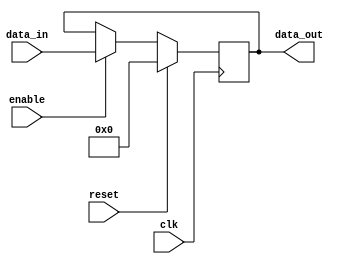
module register (
    input wire clk,
    input wire reset,
    input wire enable,
    input wire [7:0] data_in,
    output reg [7:0] data_out
);

// Internal register declaration
reg [7:0] reg_data;

// On clock rising edge, store data if enable signal is high
always @(posedge clk) begin
    if (reset) begin
        reg_data <= 8'b0; // Reset the register to all zeros
    end else if (enable) begin
        reg_data <= data_in; // Store data if enable signal is high
    end
end

// Output the stored data
assign data_out = reg_data;

endmodule